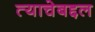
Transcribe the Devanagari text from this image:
त्याचेबद्दल